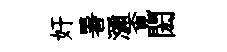
奸暑瀰覔閎